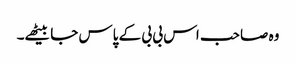
وہ صاحب اس بی بی کے پاس جا بیٹھے۔